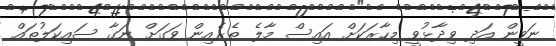
ނަވީން އަދި ވިދާޅުވީ މިހާރަކަށް އައިސް މާލެ ތެރެއިން ވަގަށް ނަގާ ސައިކަލުތައް